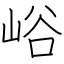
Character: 峪